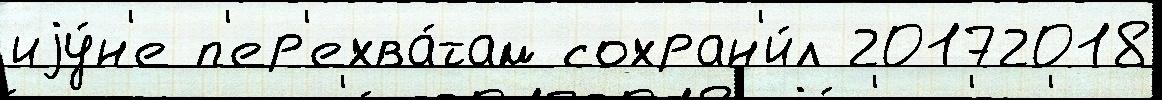
иjу́н'е п'ер'ехва́там сохран'и́л 20172018